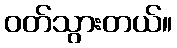
ဝတ်သွားတယ်။